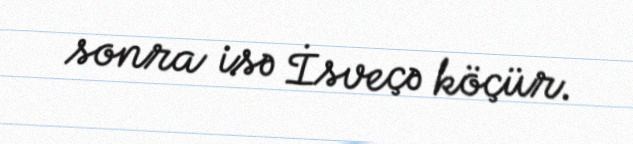
sonra isə İsveçə köçür.